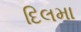
દિલમા